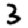
Digit: 3